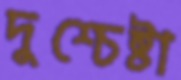
দুশ্চেষ্টা